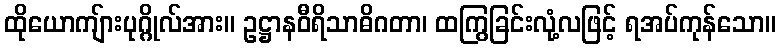
ထိုယောကျ်ားပုဂ္ဂိုလ်အား။ ဥဋ္ဌာနဝီရိသာဓိဂတာ၊ ထကြွခြင်းလုံ့လဖြင့် ရအပ်ကုန်သော။